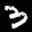
Label: 3